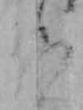
仏